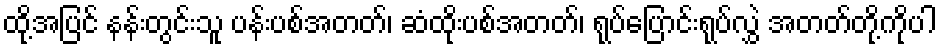
ထို့အပြင် နန်းတွင်းသူ ပန်းပစ်အတတ်၊ ဆံထိုးပစ်အတတ်၊ ရုပ်ပြောင်းရုပ်လွှဲ အတတ်တို့ကိုပါ